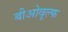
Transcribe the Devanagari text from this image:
बीओवूल्फ